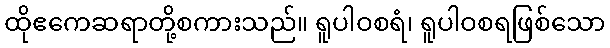
ထိုဧကေဆရာတို့စကားသည်။ ရူပါဝစရံ၊ ရူပါဝစရဖြစ်သော